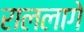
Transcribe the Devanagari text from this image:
राललागे